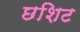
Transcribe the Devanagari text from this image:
छशिट